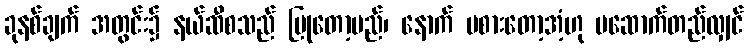
ခုနစ်ချက် အတွင်း၌ နယ်ဆီစသည် ပြုတော့မည်၊ နောက် မစားတော့အံ့ဟု မဆောက်တည်လျှင်